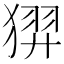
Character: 𱮑